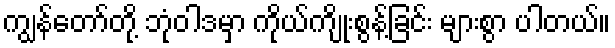
ကျွန်တော်တို့ ဘုံဝါဒမှာ ကိုယ်ကျိုးစွန့်ခြင်း များစွာ ပါတယ်။